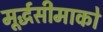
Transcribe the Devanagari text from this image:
मूर्द्धसीमाको